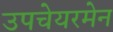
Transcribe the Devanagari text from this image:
उपचेयरमेन